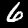
Label: 6